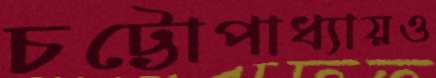
চট্টোপাধ্যায়ও